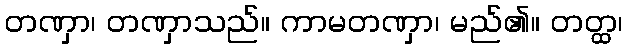
တဏှာ၊ တဏှာသည်။ ကာမတဏှာ၊ မည်၏။ တတ္ထ၊